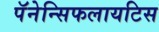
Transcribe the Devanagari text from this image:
पॅनेन्सिफलायटिस